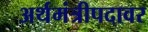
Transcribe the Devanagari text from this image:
अर्थमंत्रीपदावर